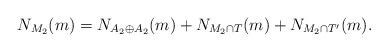
\begin{align*}N_{M_2}(m) = N_{A_2\oplus A_2}(m) + N_{M_2\cap T}(m) + N_{M_2 \cap T'}(m).\end{align*}